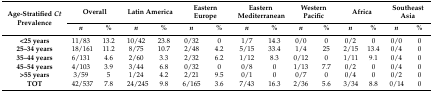
| <ROWSPAN=2> Age-Stratified Ct Prevalence | <COLSPAN=2> Overall | <COLSPAN=2> Latin America | <COLSPAN=2> Eastern Europe | <COLSPAN=2> Eastern Mediterranean | <COLSPAN=2> Western Pacific | <COLSPAN=2> Africa | <COLSPAN=2> Southeast Asia |
 | n | % | n | % | n | % | n | % | n | % | n | % | n | % |
 | --- | --- | --- | --- | --- | --- | --- | --- | --- | --- | --- | --- | --- | --- | --- |
 | <25 years | 11/83 | 13.2 | 10/42 | 23.8 | 0/32 | 0 | 1/7 | 14.3 | 0/0 | 0 | 0/2 | 0 | 0/0 | 0 |
 | 25–34 years | 18/161 | 11.2 | 8/75 | 10.7 | 2/48 | 4.2 | 5/15 | 33.4 | 1/4 | 25 | 2/15 | 13.4 | 0/4 | 0 |
 | 35–44 years | 6/131 | 4.6 | 2/60 | 3.3 | 2/32 | 6.2 | 1/12 | 8.3 | 0/12 | 0 | 1/11 | 9.1 | 0/4 | 0 |
 | 45–54 years | 4/103 | 3.9 | 3/44 | 6.8 | 0/32 | 0 | 0/8 | 0 | 1/13 | 7.7 | 0/2 | 0 | 0/4 | 0 |
 | >55 years | 3/59 | 5 | 1/24 | 4.2 | 2/21 | 9.5 | 0/1 | 0 | 0/7 | 0 | 0/4 | 0 | 0/2 | 0 |
 | TOT | 42/537 | 7.8 | 24/245 | 9.8 | 6/165 | 3.6 | 7/43 | 16.3 | 2/36 | 5.6 | 3/34 | 8.8 | 0/14 | 0 |